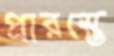
প্রারম্ভে